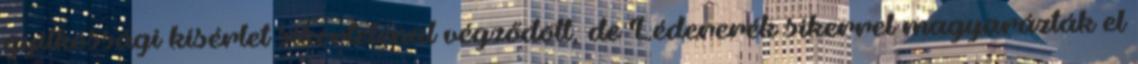
gyilkossági kísérlet sikertelenül végződött, de Lédererék sikerrel magyarázták el